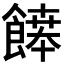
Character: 𩞑